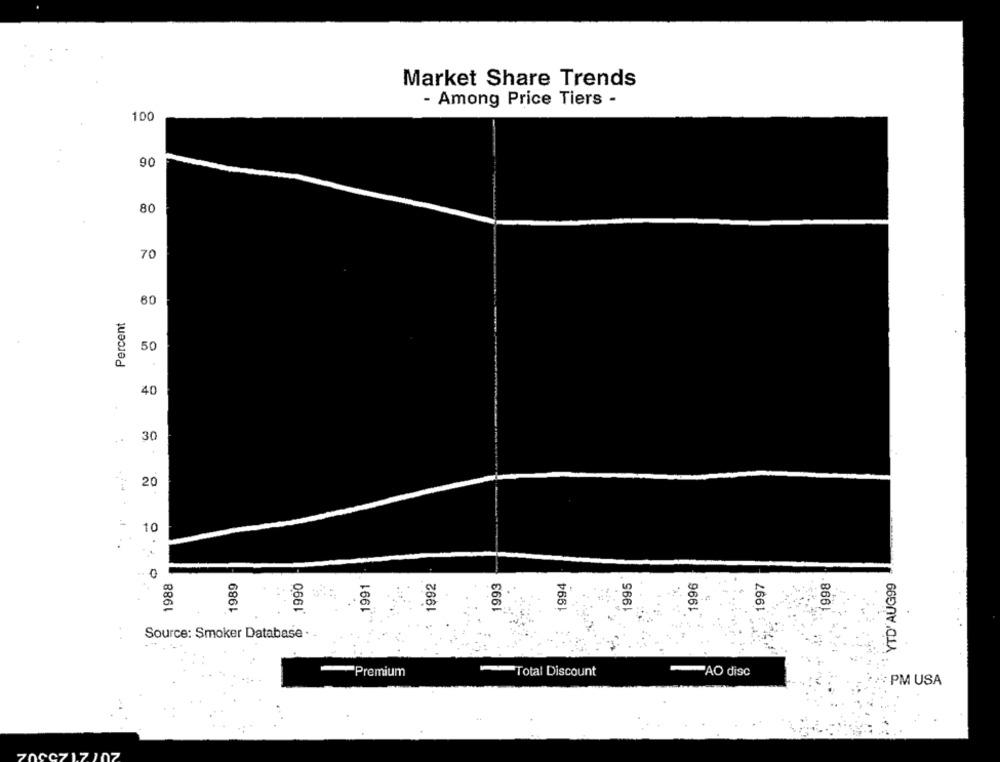
Market Share Trends
- Among Price Tiers -
100
90
80
70
60
Percent
50
40
30
20
10
1988
1989
1990
1991
1992
1993
1994
995
1996
1997
1998
YTD' AUG99
Source: Smoker Database .
"Premium
Total Discount
AO disc
: PM USA